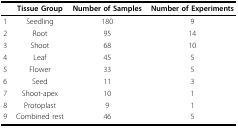
<table><thead><tr><td></td><td><b>Tissue Group</b></td><td><b>Number of Samples</b></td><td><b>Number of Experiments</b></td></tr></thead><tbody><tr><td>1</td><td>Seedling</td><td>180</td><td>9</td></tr><tr><td>2</td><td>Root</td><td>95</td><td>14</td></tr><tr><td>3</td><td>Shoot</td><td>68</td><td>10</td></tr><tr><td>4</td><td>Leaf</td><td>45</td><td>5</td></tr><tr><td>5</td><td>Flower</td><td>33</td><td>5</td></tr><tr><td>6</td><td>Seed</td><td>11</td><td>3</td></tr><tr><td>7</td><td>Shoot-apex</td><td>10</td><td>1</td></tr><tr><td>8</td><td>Protoplast</td><td>9</td><td>1</td></tr><tr><td>9</td><td>Combined rest</td><td>46</td><td>5</td></tr></tbody></table>